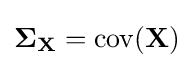
\mathbf {\Sigma _{X}} =\mathrm {cov} (\mathbf {X} )